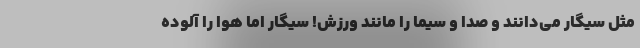
مثل سیگار می‌دانند و صدا و سیما را مانند ورزش! سیگار اما هوا را آلوده